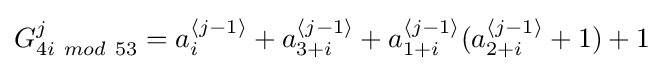
G_{4i~mod~53}^{j}=a_{i}^{{\mathcal {h}}j-1{\mathcal {i}}}+a_{3+i}^{{\mathcal {h}}j-1{\mathcal {i}}}+a_{1+i}^{{\mathcal {h}}j-1{\mathcal {i}}}(a_{2+i}^{{\mathcal {h}}j-1{\mathcal {i}}}+1)+1